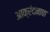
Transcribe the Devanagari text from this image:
आक्रंदनाचा